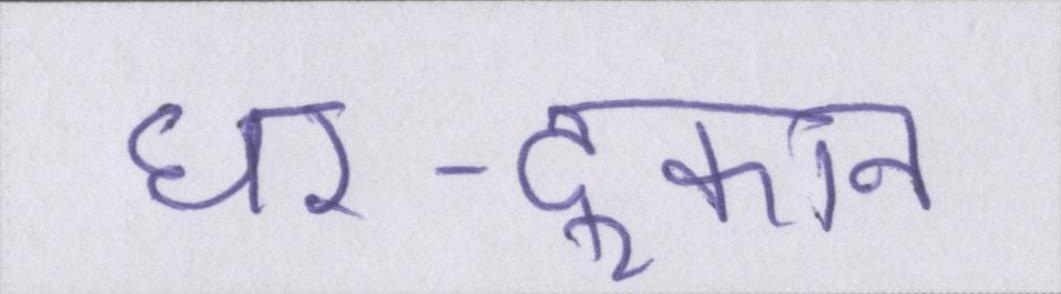
घर-दूकान